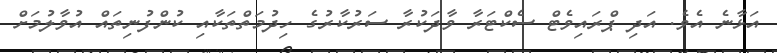
އަޅާނެ އެވެ. އަދި ޕްރައިވެޓް ސެކްޓަރާ ވާދަކުރާ ސަރުކާރުގެ ހިދުމަތްތަކާއި ކުންފުނިތައް އުވާލުމަށް